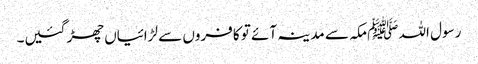
رسول اللہ ﷺمکہ سے مدینہ آئے تو کافروں سے لڑائیاں چھڑ گئیں۔